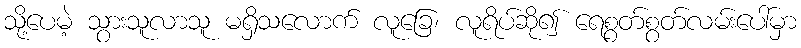
သို့ပေမဲ့ သွားသူလာသူ မရှိသလောက် လူခြေ၊ လူရိပ်ဆို၍ ရေစွတ်စွတ်လမ်းပေါ်မှာ